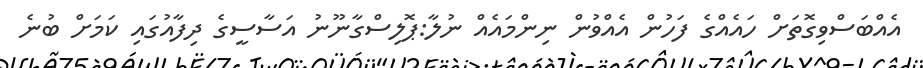
އެއްބަސްވިގޮތަށް ހައެއްގެ ފަހުން އެެއްވުން ނިންމައެއް ނުލާ:ޕޮލިސްގާނޫނު އަސާސީގެ ދިފާއުގައި ކަމަށް ބުނެ